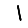
Digit: 1